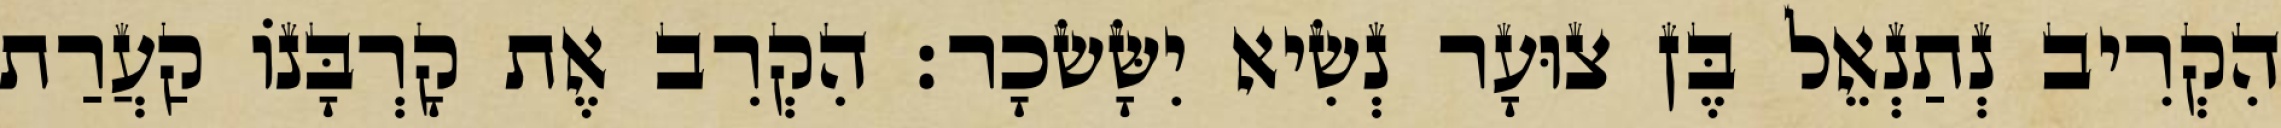
הִקְרִיב נְתַנְאֵל בֶּן צוּעָר נְשִׂיא יִשָּׂשׂכָר׃ הִקְרִב אֶת קָרְבָּנוֹ קַעֲרַת